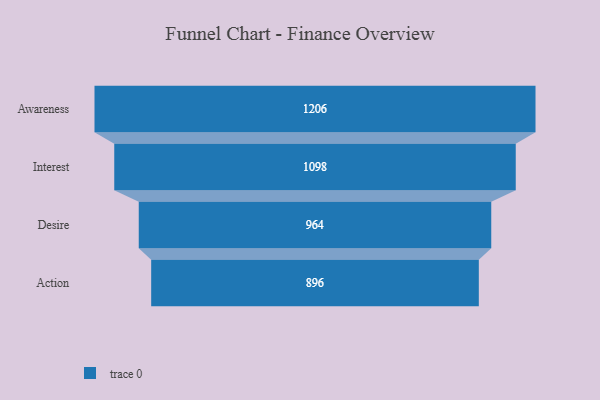
{"axis": {"x": "Stage", "y": "Value"}, "legend": [""], "data": [{"x": "Awareness", "y": 1206.0, "type": ""}, {"x": "Interest", "y": 1098.0, "type": ""}, {"x": "Desire", "y": 964.0, "type": ""}, {"x": "Action", "y": 896.0, "type": ""}]}